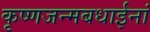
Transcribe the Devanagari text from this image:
कृष्णजन्मबधाईनां